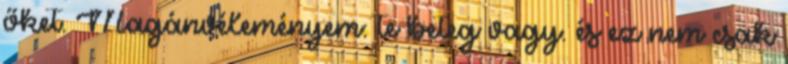
őket. Magánvéleményem: te beteg vagy. és ez nem csak